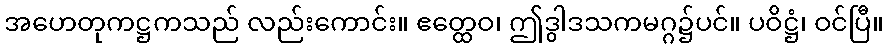
အဟေတုကဋ္ဌကသည် လည်းကောင်း။ ဧတ္ထေဝ၊ ဤဒွါဒသကမဂ္ဂ၌ပင်။ ပဝိဋ္ဌံ၊ ဝင်ပြီ။